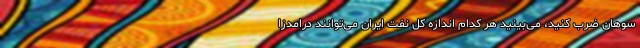
سوهان ضرب کنید، می‌بینید هر کدام اندازه کل نفت ایران می‌توانند درامدزا